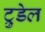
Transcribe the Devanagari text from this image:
ट्रुडेल